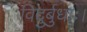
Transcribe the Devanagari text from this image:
विदुर्बुधाः।